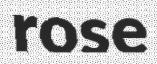
rose